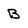
Character: B